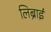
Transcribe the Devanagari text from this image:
लिब्राई